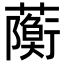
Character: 𧁠